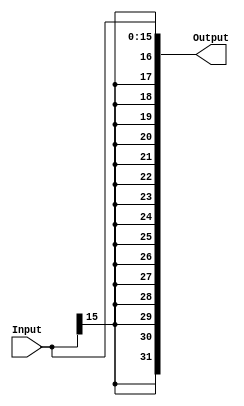
`timescale 1ns / 1ps
//////////////////////////////////////////////////////////////////////////////////
// Company: 
// Engineer: 
// 
// Design Name: 
// Module Name:    SignExtend 
// Project Name: 
// Target Devices: 
// Tool versions: 
// Description: 
//
// Dependencies: 
//
// Revision: 
// Revision 0.01 - File Created
// Additional Comments: 
//
//////////////////////////////////////////////////////////////////////////////////
module SignExtend(
    input [15:0] Input,
    output reg [31:0] Output
    );

	always @(Input)
		begin
			Output[15:0]  = Input[15:0];
			Output[31:16] = {16{Input[15]}};
		end

endmodule